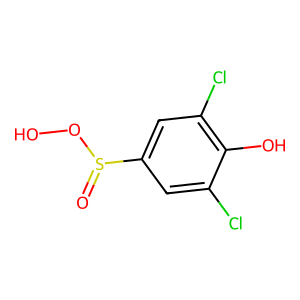
SMILES: O=S(OO)c1cc(Cl)c(O)c(Cl)c1
Inhibits HIV replication: No